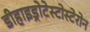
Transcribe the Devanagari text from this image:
डीहाइड्रोटेस्टोस्टेरोन